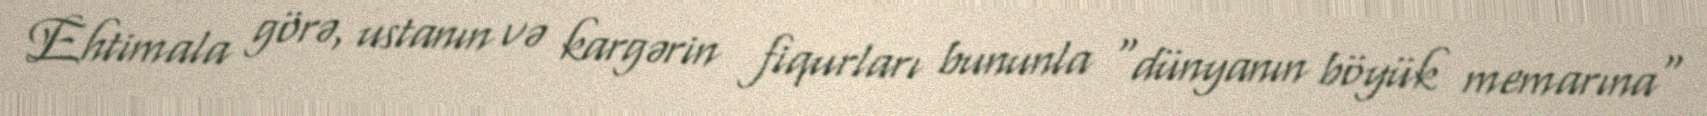
Ehtimala görə, ustanın və kargərin fiqurları bununla "dünyanın böyük memarına"